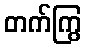
တက်ကြွ